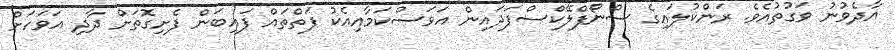
އާދެވުނު ވަގުތުއެވެ. ރަންކުލައިގެ ސްނޯފްލޭކްސްފަދައިން އަވަސްކަމާއިއެކު ފަތްތައް ފައިބަން ފެށިގޮތަށް ދާދި އަވަހަށް